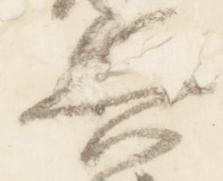
兵